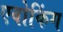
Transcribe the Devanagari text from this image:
एवोकिंग